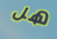
هل